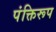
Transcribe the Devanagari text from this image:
पंक्तिरूप